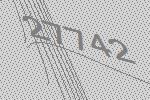
27742